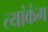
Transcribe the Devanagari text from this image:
त्यांकंग